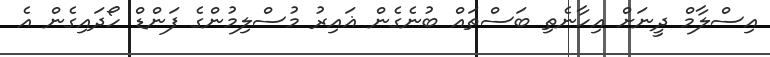
އިސްލާމް ދީނަށް އިހާނެތި ބަސްތައް ބުނެގެން ޣައިރު މުސްލިމުންގެ ފަންޑް ހޯދައިގެން އެ